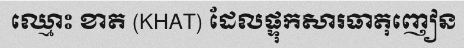
ឈ្មោះ ខាត (KHAT) ដែលផ្ទុកសារធាតុញៀន